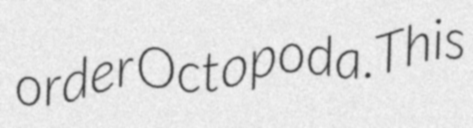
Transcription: order Octopoda.This